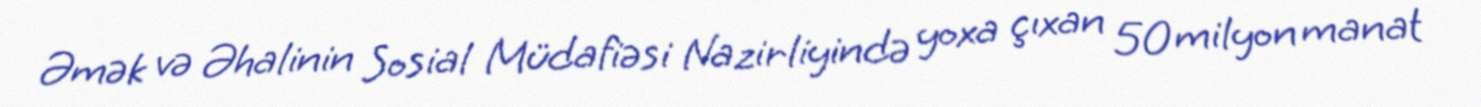
Əmək və Əhalinin Sosial Müdafiəsi Nazirliyində yoxa çıxan 50 milyon manat